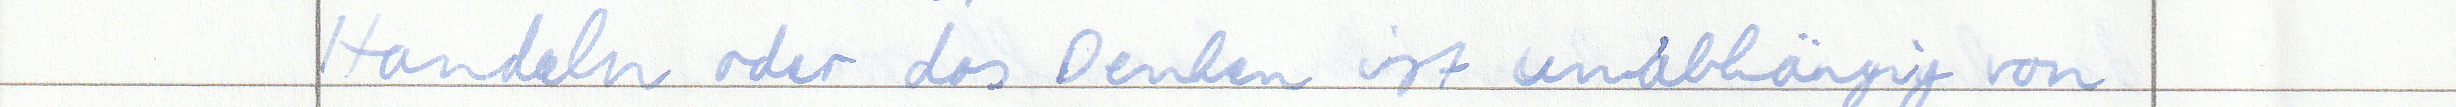
Handeln oder das Denken ist unabhängig von